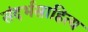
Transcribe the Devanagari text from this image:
संदर्भसाहित्य